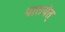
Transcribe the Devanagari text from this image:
पातयेत्